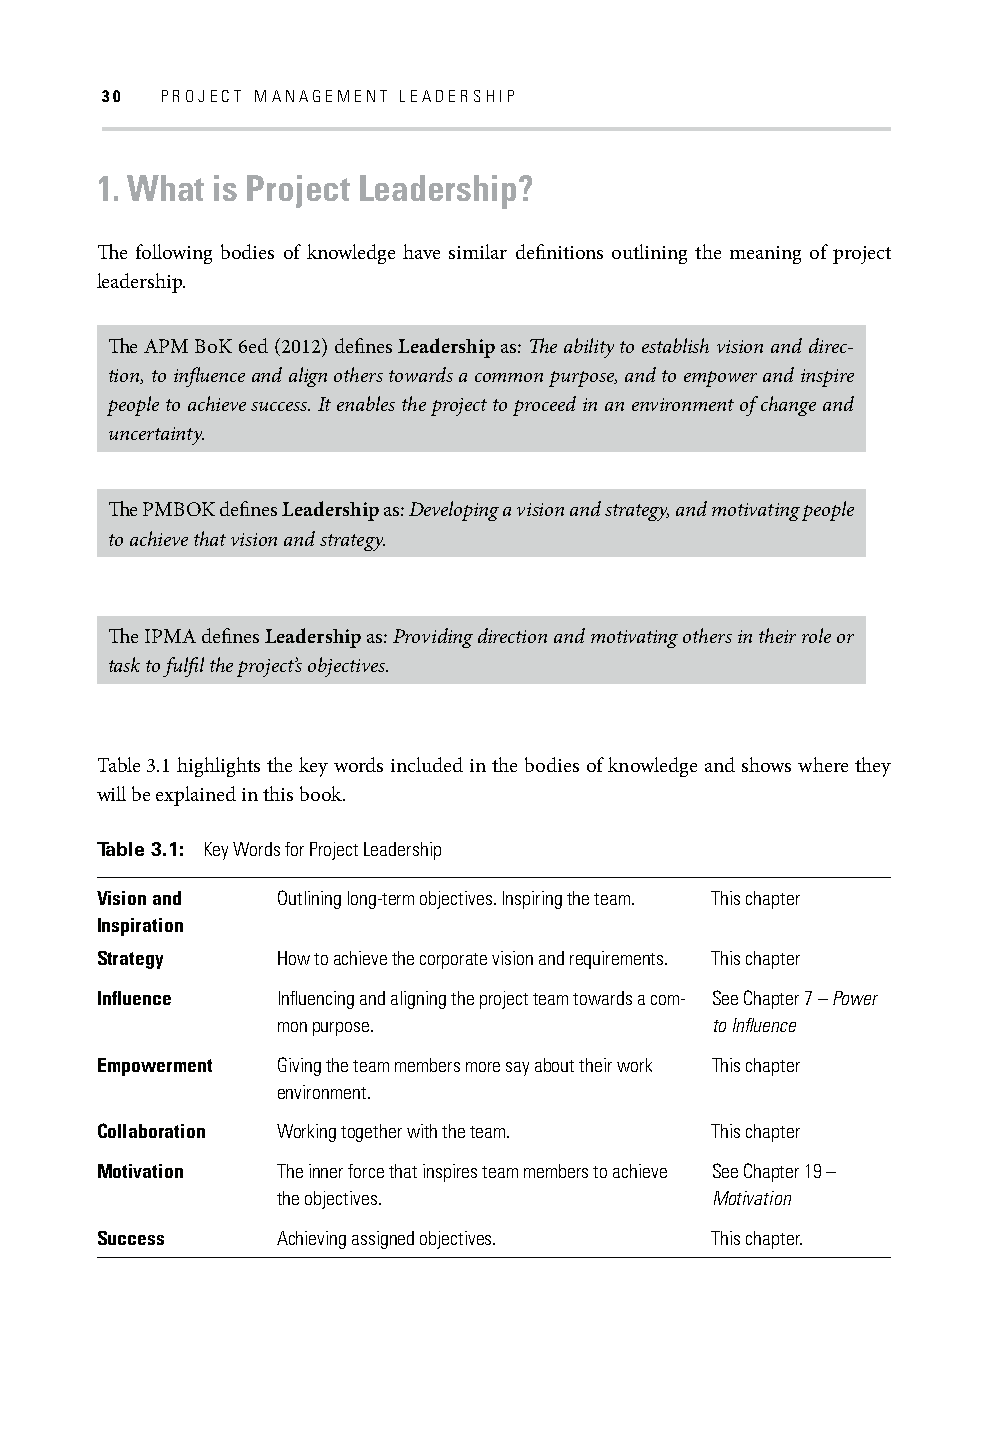
30  PROJECT MANAGEMENT LEADERSHIP
 1. What is Project Leadership?
 Th e following bodies of knowledge have similar defi nitions outlining the meaning of project
 leadership.
 Th e APM BoK 6ed (2012) defi nes Leadership as: Th e ability to establish vision and direc-
 tion, to infl uence and align others towards a common purpose, and to empower and inspire
 people to achieve success. It enables the project to proceed in an environment of change and
 uncertainty.
 Th e PMBOK defi nes Leadership as: Developing a vision and strategy, and motivating people
 to achieve that vision and strategy.
 Th e IPMA defi nes Leadership as: Providing direction and motivating others in their role or
 task to fulfi l the project’s objectives.
 Table 3.1 highlights the key words included in the bodies of knowledge and shows where they
 will be explained in this book.
 Table 3.1: Key Words for Project Leadership
 Vision and  Outlining long-term objectives. Inspiring the team. This chapter
 Inspiration
 Strategy    How to achieve the corporate vision and requirements. This chapter
 Infl uence  Infl uencing and aligning the project team towards a com- See Chapter 7 – Power
 mon purpose.                 to Infl uence
 Empowerment Giving the team members more say about their work This chapter
 environment.
 Collaboration Working together with the team. This chapter
 Motivation  The inner force that inspires team members to achieve See Chapter 19 –
 the objectives.              Motivation
 Success     Achieving assigned objectives. This chapter.